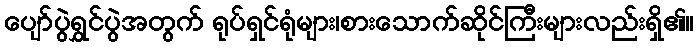
ပျော်ပွဲရွှင်ပွဲအတွက် ရုပ်ရှင်ရုံများ၊စားသောက်ဆိုင်ကြီးများလည်းရှိ၏။